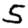
Digit: 5